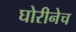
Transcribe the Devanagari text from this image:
घोरीनेच